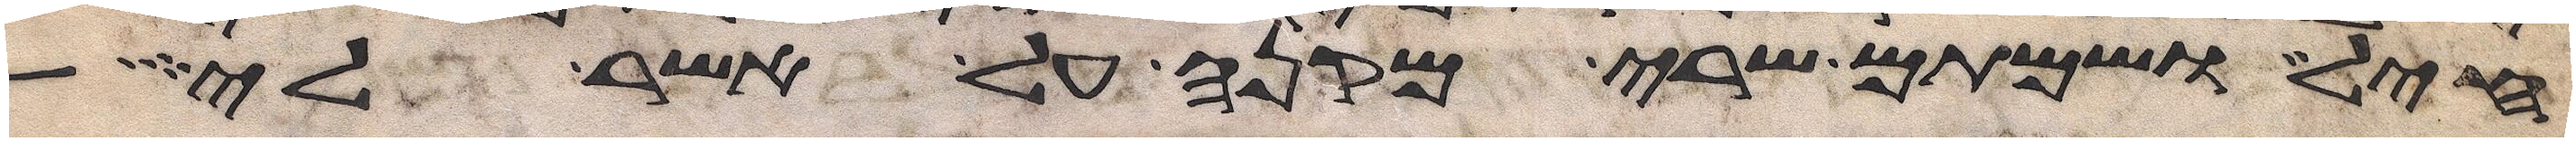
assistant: חיל ושמתם שרי מקנה על אשר לי